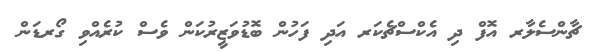
ޗާންސެލާރ އޮފް ދި އެކްސްޗެކަރ އަދި ފަހުން ބޮޑުވަޒީރުކަން ވެސް ކުރެއްވި ގޯރޑަން